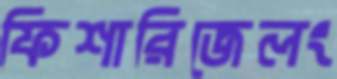
ফিশারিজেলং